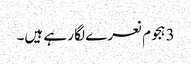
3 ہجوم نعرے لگا رہے ہیں۔